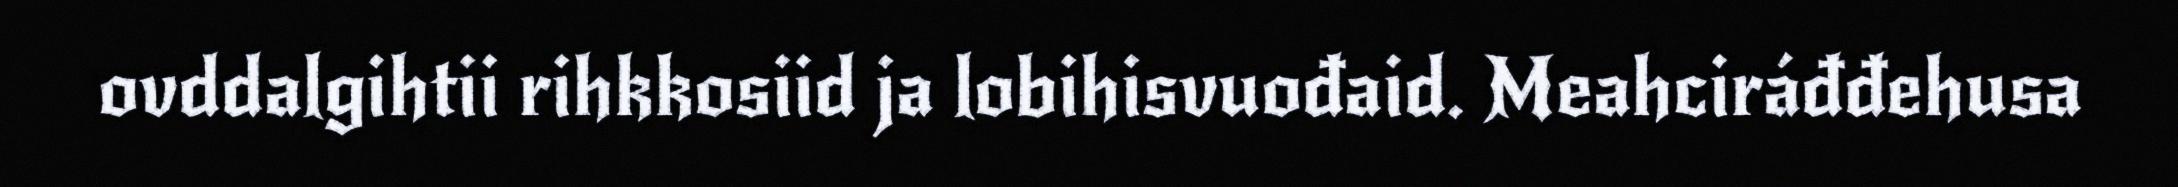
ovddalgihtii rihkkosiid ja lobihisvuođaid. Meahciráđđehusa